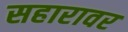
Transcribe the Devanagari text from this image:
सहारावर